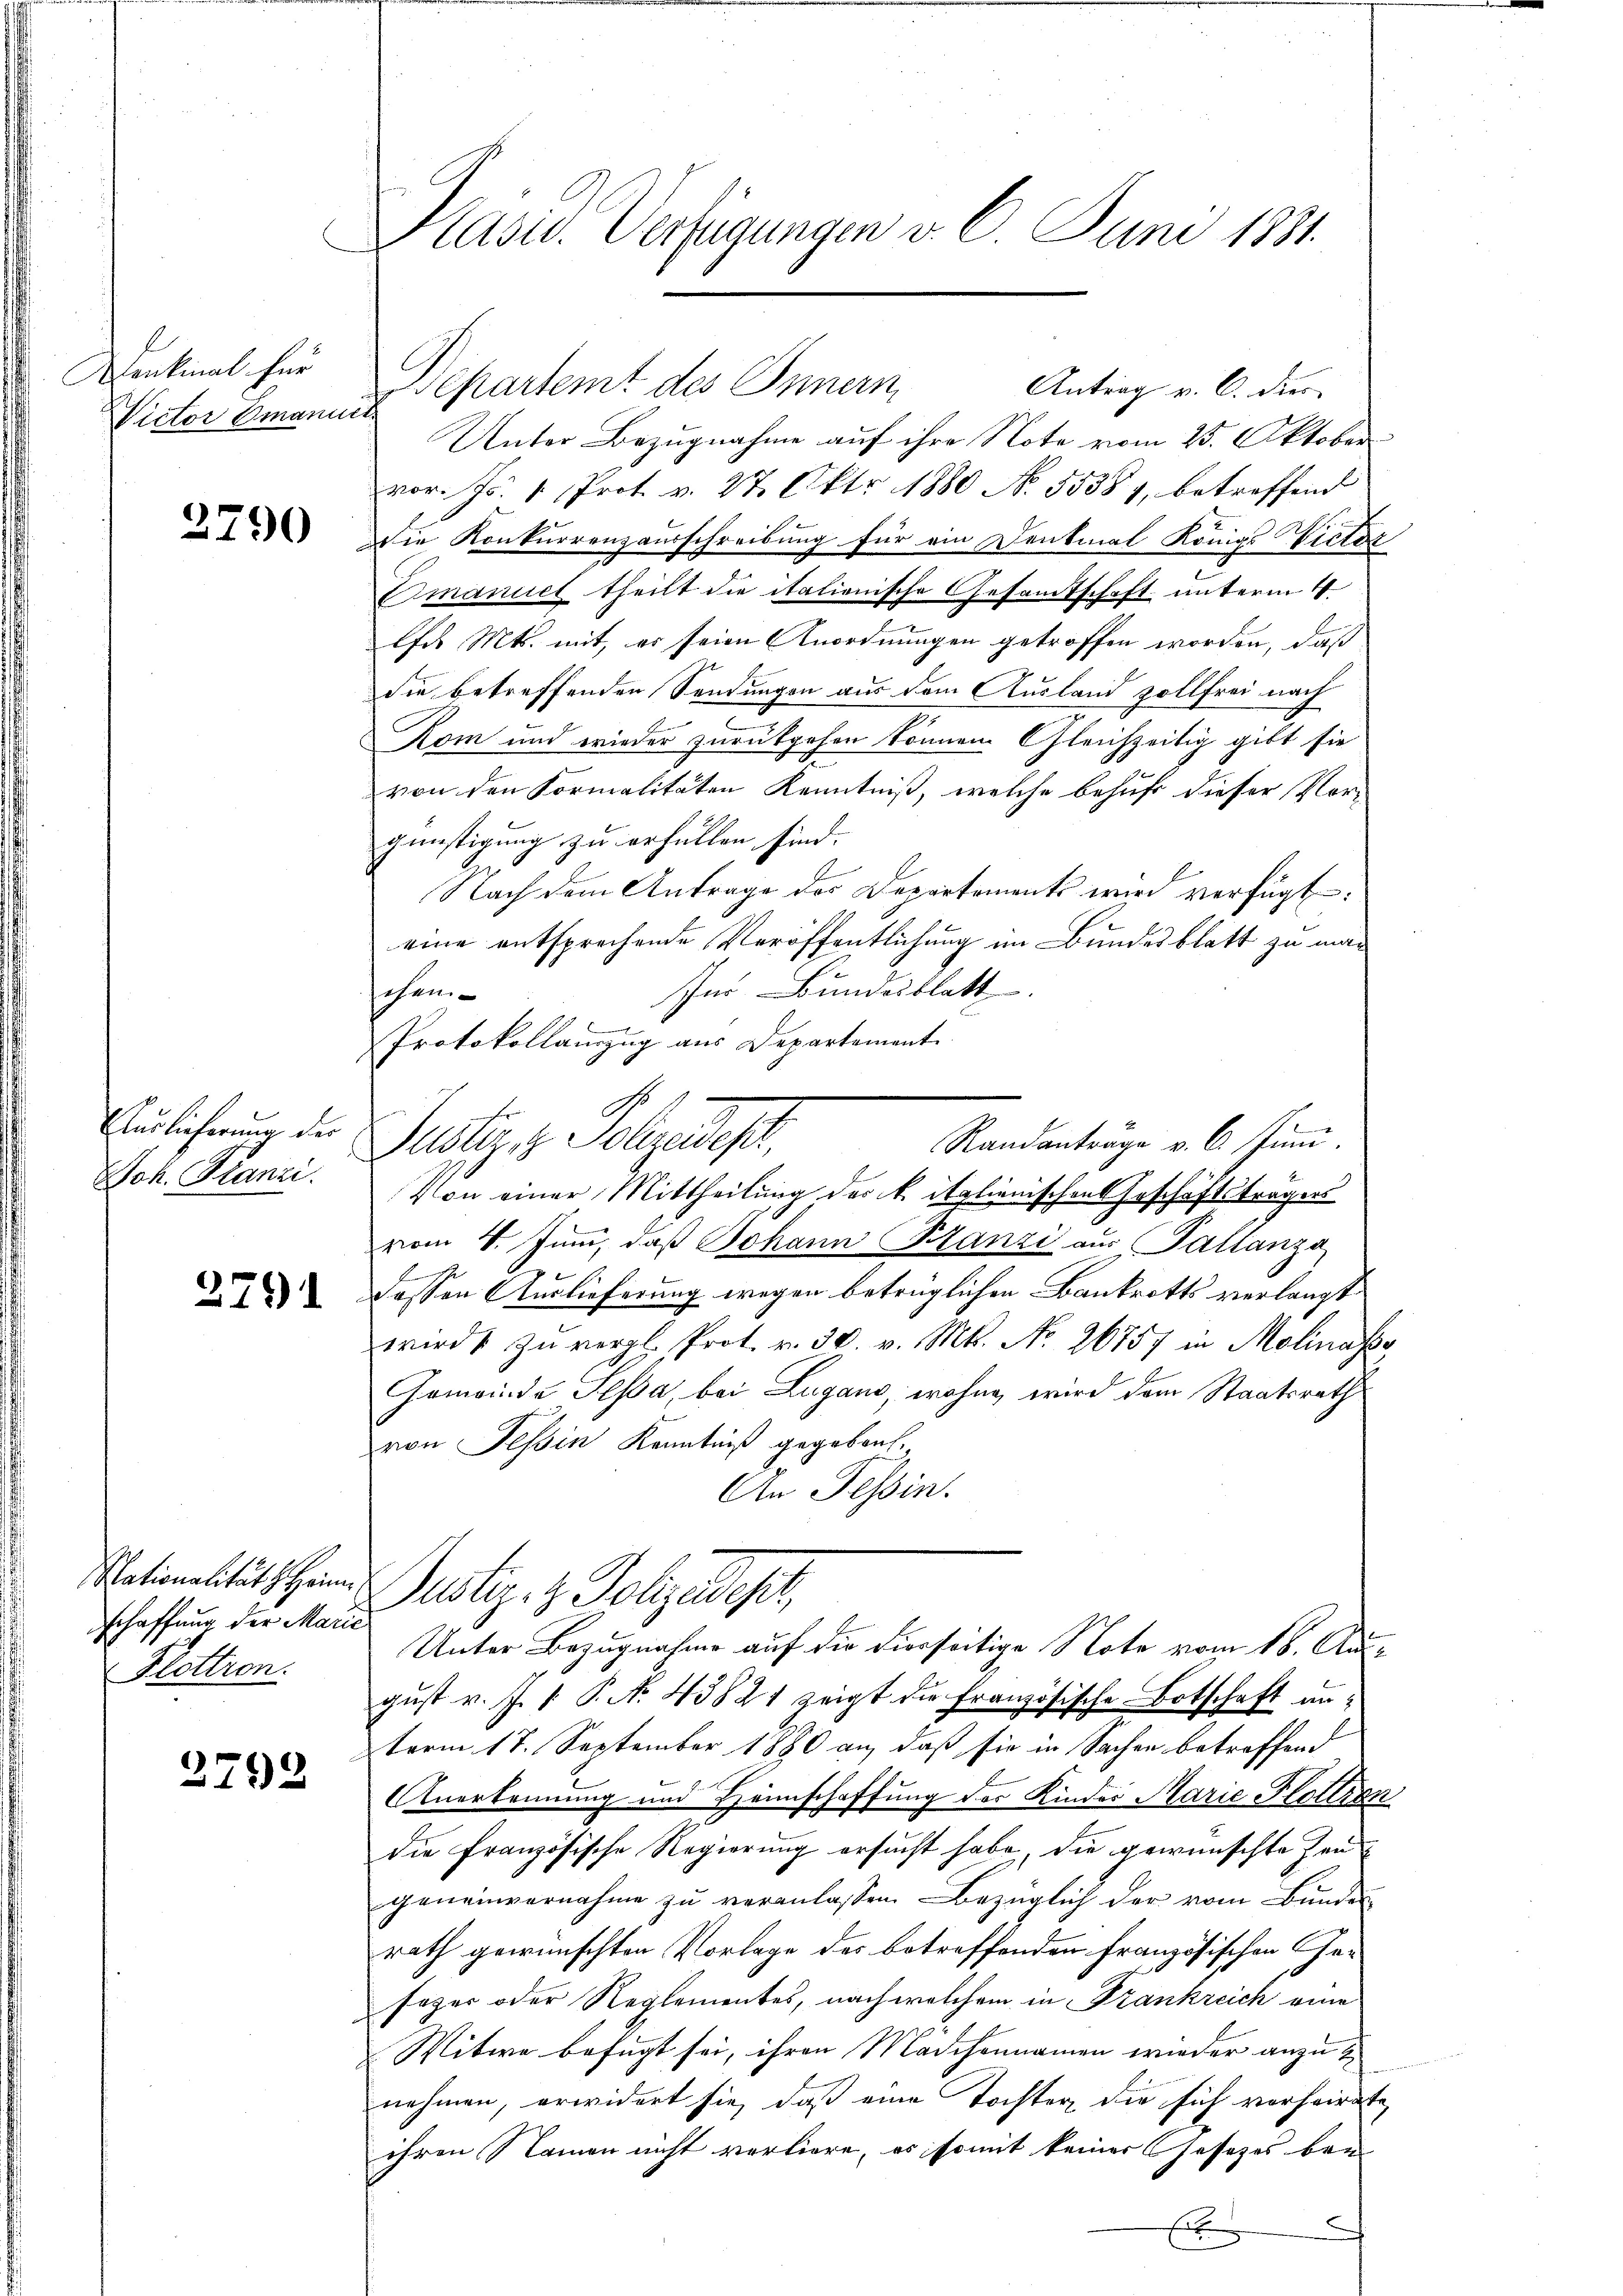
Denkinal für
Victor Smanne

2790

Auslieferung der
Joh. Stanzi

279

Nationalität z. Heim
schaffung der Marie
Flottron.

2792

Käsed. Verfügungen v. 6. Juni 1881.

d

Unter Bezugnahme auf ihre Note vom 25. Oktober
vor. Js. 1. Prot. v. 27. Okt. 1880 No. 55381, betreffend
Die Konkurrenzausschreibung für ein Denkmal Königs Victor
Emanuel theilt die italienische Gesamtschaft unterm 4.
lfe Mts. mit, er seien Anordnungen getroffen worden, daß
Sie betreffenden Sendungen aus dem Ausland zollfrei nach
Kom und wieder zurückgehen können. Gleichzeitig gibt sie
von den Formalitäten Kenntniß, welche behuf dieser Vor-
günstigung zu erfüllen sind. |
Nach dem Antrage des Departements wird verfügt:
eine entsprechende Veröffentlichung im Bundesblatt zu man
Ins Bundesblatt
ehen
Protokollanzug aus Departement
Randanträge v. 6. Juni.
Justiz z. Polizeides
Von einer Mittheilung der k. italienischen Erschäftsträgers
vom 4. Juni, daß Johann Franzi aus Pallanzo
.
1
dessen Auslieferung wegen betrüglichen Bankrotts verlangt
wird zŭ vergl. Prot. v. 30. v. Mts. No. 26757 in Molinasse
Gemeinde Sessa, bei Lugano, wohne, wird dem Staatsrath
von Tessin Kenntniß gegeben.
An Tessin.
Justiz- & Polizeidest,
Unter Bezugnahme auf die dierseitige Note vom 16. Ausgust v. J. 1 P. No. 43821 zeigt die Französische Botschaft anterm 17. September 1880 an, daß sie in Sachen betreffend
Anerkennung und Hannschaffung des Kinder Marie Pollien
die französische Regierung ersucht habe, die gewünschte Jengeneinvernahme zu veranlassen. Bezüglich der vom Bundes
rath gewünschten Vorlage des betreffenden Französischen Gesazer oder Reglementes, nach welchem in Frankreich eine
Witwe befugt sei, ihren Mädchennamen wieder anzut
nehmen, erwidert sie, daß eine Tochter die sich vorheirate
ihren Namen nicht verliere, es somit keiner Gesezes bei
E

Departemt des Innern,

Antrag v. C. dies